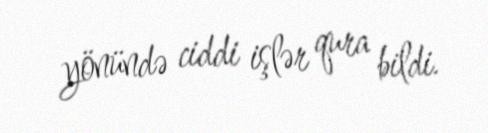
yönündə ciddi işlər qura bildi.